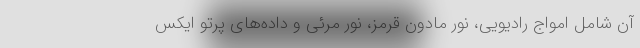
آن شامل امواج رادیویی، نور مادون قرمز، نور مرئی و داده‌های پرتو ایکس